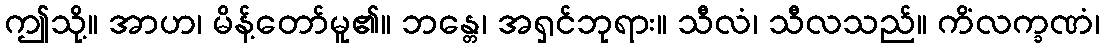
ဤသို့။ အာဟ၊ မိန့်တော်မူ၏။ ဘန္တေ၊ အရှင်ဘုရား။ သီလံ၊ သီလသည်။ ကိံလက္ခဏံ၊